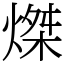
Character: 𤌴